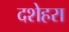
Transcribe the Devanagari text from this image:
दशेहरा